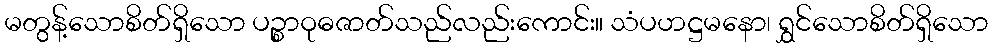
မတွန့်သောစိတ်ရှိသော ပဉ္စာဝုဓဇာတ်သည်လည်းကောင်း။ သံပဟဋ္ဌမနော၊ ရွှင်သောစိတ်ရှိသော